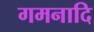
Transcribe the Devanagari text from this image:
गमनादि